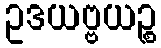
ဥဒယဗ္ဗယဉ္စ